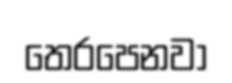
තෙරපෙනවා